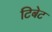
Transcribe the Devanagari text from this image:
टिबेट